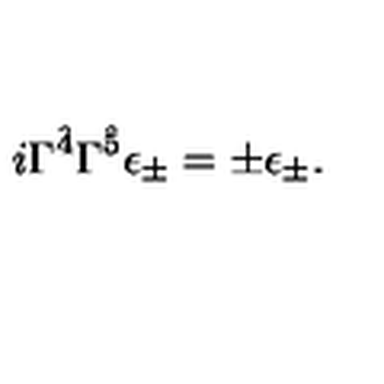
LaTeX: i \Gamma ^ { \hat { 4 } } \Gamma ^ { \hat { 5 } } \epsilon _ { \pm } = \pm \epsilon _ { \pm } .